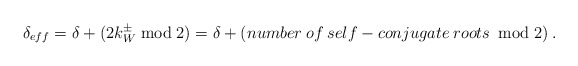
\begin{align*}\delta _{eff}=\delta +(2k^{\pm }_{W}\bmod 2)=\delta +(number\: of\: self-conjugate\: roots\: \bmod 2)\: .\end{align*}